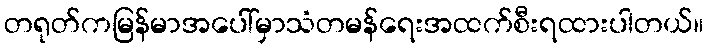
တရုတ်ကမြန်မာအပေါ်မှာသံတမန်ရေးအထက်စီးရထားပါတယ်။